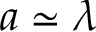
a \simeq \lambda